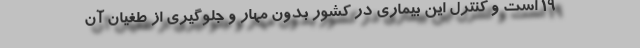
۱۹ است و کنترل این بیماری در کشور بدون مهار و جلوگیری از طغیان آن